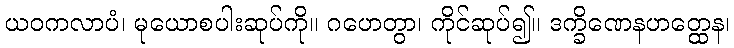
ယဝကလာပံ၊ မုယောစပါးဆုပ်ကို။ ဂဟေတွာ၊ ကိုင်ဆုပ်၍။ ဒက္ခိဏေနဟတ္ထေန၊